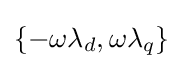
\{-\omega \lambda _{d},\omega \lambda _{q}\}